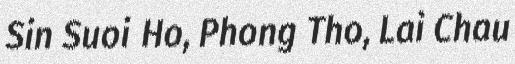
Sin Suoi Ho, Phong Tho, Lai Chau